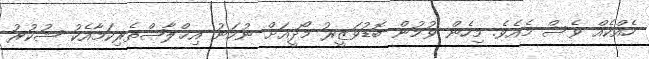
ހެއްކެއް ވެސް މެއެވެ. މިހެން ވުމުން ބޮޑުވަޒީރު މޯދީއަށް ނުހަނު އިޚްލާޞްތެރިކަމާއެކު ޝުކުރު